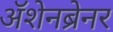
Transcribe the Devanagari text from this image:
ॲशेनब्रेनर